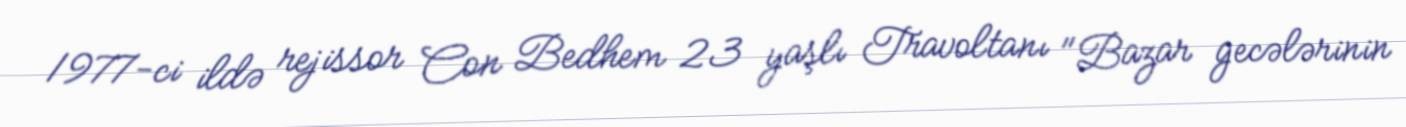
1977-ci ildə rejissor Con Bedhem 23 yaşlı Travoltanı "Bazar gecələrinin